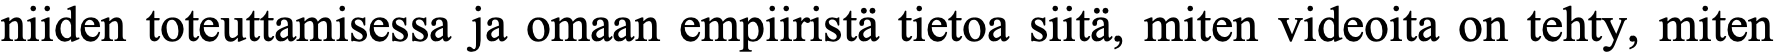
niiden toteuttamisessa ja omaan empiiristä tietoa siitä, miten videoita on tehty, miten